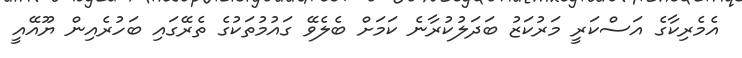
އެމެރިކާގެ އަސްކަރީ މަރުކަޒު ބަދަލުކުރާނެ ކަމަށް ބެލެވޭ ގައުމުތަކުގެ ތެރޭގައި ބަހުރެއިން ޔޫއޭއީ